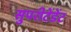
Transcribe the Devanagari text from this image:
सुपरीटेंडेंट